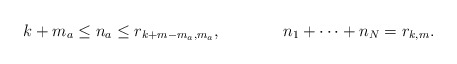
\begin{align*}k+m_a \leq n_a&\leq r_{k+m-m_a,m_a}, &n_1+\cdots+n_N=r_{k,m}.\end{align*}